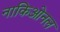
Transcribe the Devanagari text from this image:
नाकिओनल